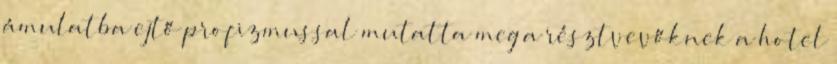
ámulatba ejtő profizmussal mutatta meg a résztvevőknek a hotel